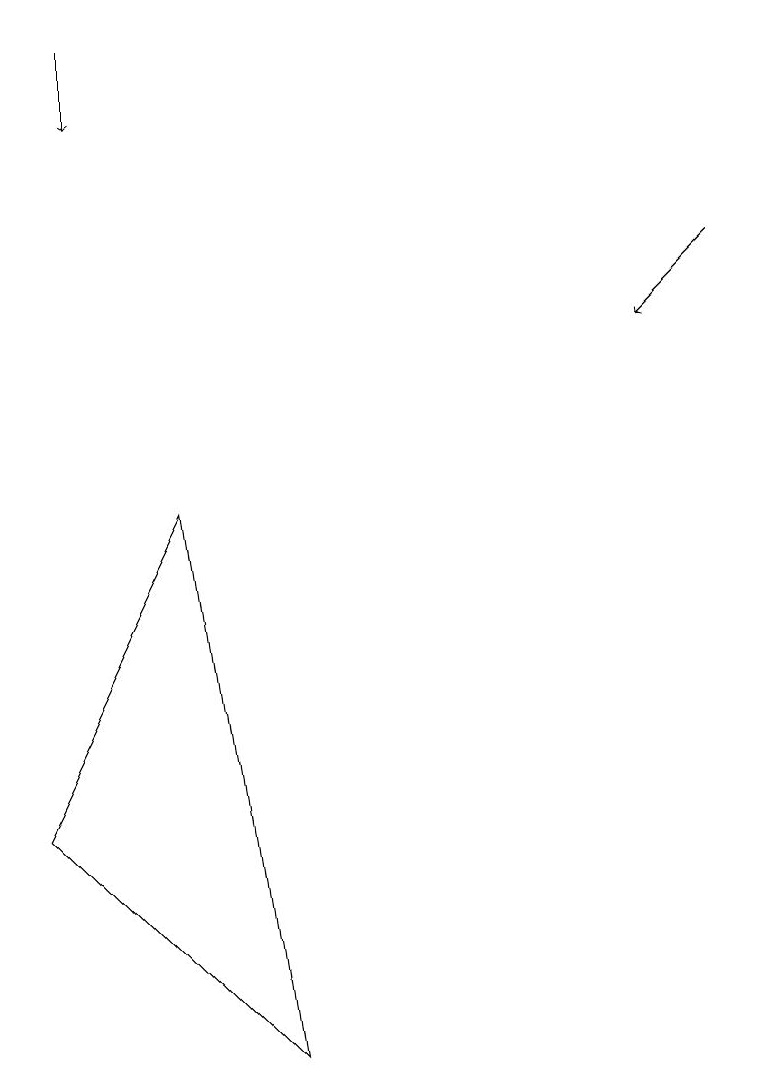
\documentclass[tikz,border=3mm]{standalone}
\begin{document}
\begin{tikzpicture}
\draw[->] (1,14) -- (1,13);
\draw (2,8) -- (0,4) -- (3,1) -- cycle;
\draw[->] (9,11) -- (8,10);
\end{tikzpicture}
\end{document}